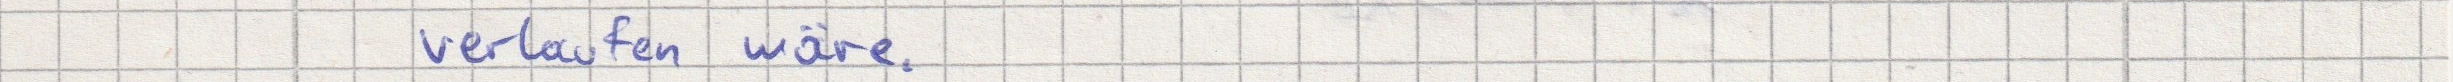
verlaufen wäre.